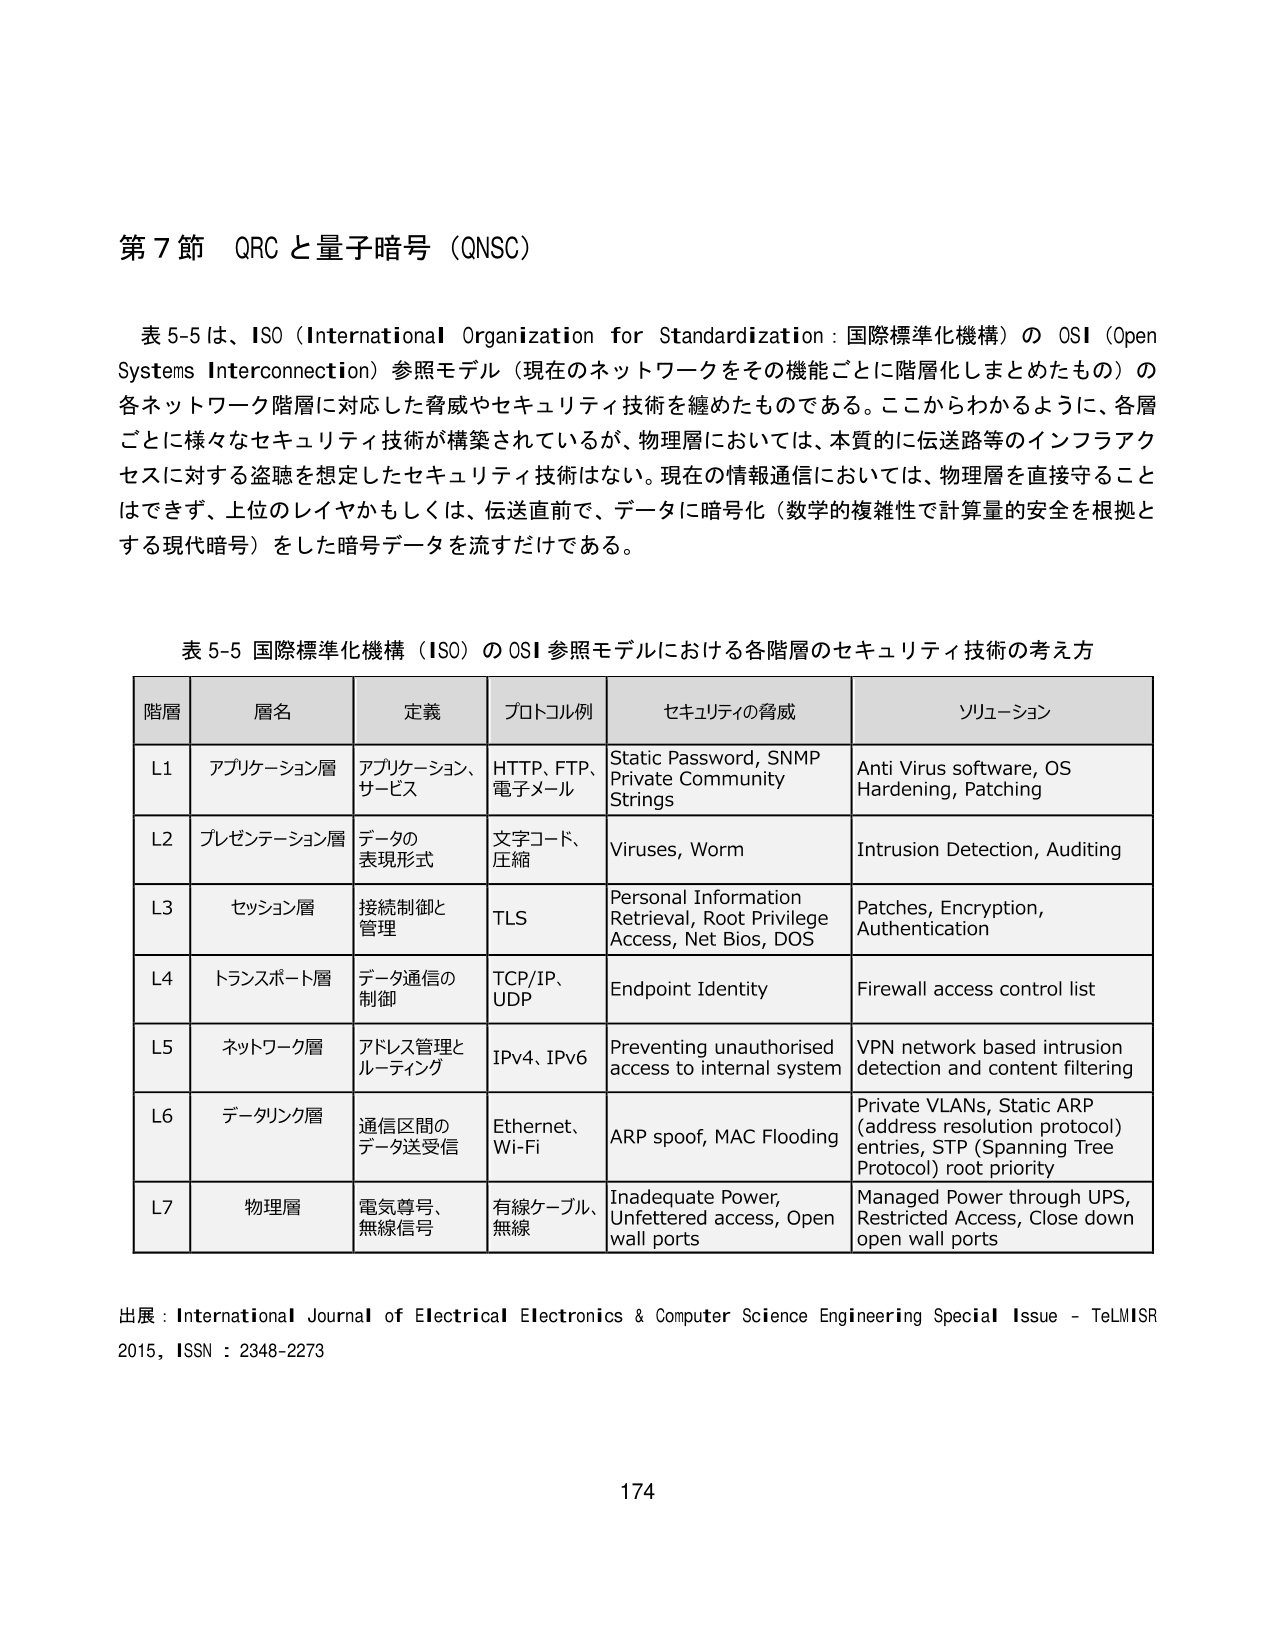
第7節 QRCと量子暗号（QNSC）

表5-5は、ISO（International Organization for Standardization：国際標準化機構）のOSI（Open Systems Interconnection）参照モデル（現在のネットワークをその機能ごとに階層化しまとめたもの）の各ネットワーク階層に対応した脅威やセキュリティ技術を纏めたものである。ここからわかるように、各層ごとに様々なセキュリティ技術が構築されているが、物理層においては、本質的に伝送路等のインフラアクセスに対する盗聴を想定したセキュリティ技術はない。現在の情報通信においては、物理層を直接守ることはできず、上位のレイヤかもしくは、伝送直前で、データに暗号化（数学的複雑性で計算量的安全を根拠とする現代暗号）をした暗号データを流すだけである。

表5-5 国際標準化機構（ISO）のOSI参照モデルにおける各階層のセキュリティ技術の考え方

| 階層 | 層名 | 定義 | プロトコル例 | セキュリティの脅威 | ソリューション |
|------|------|------|--------------|------------------|----------------|
| L1 | アプリケーション層 | アプリケーション、サービス | HTTP、FTP、電子メール | Static Password, SNMP Private Community Strings | Anti Virus software, OS Hardening, Patching |
| L2 | プレゼンテーション層 | データの表現形式 | 文字コード、圧縮 | Viruses, Worm | Intrusion Detection, Auditing |
| L3 | セッション層 | 接続制御と管理 | TLS | Personal Information Retrieval, Root Privilege Access, Net Bios, DOS | Patches, Encryption, Authentication |
| L4 | トランスポート層 | データ通信の制御 | TCP/IP、UDP | Endpoint Identity | Firewall access control list |
| L5 | ネットワーク層 | アドレス管理とルーティング | IPv4、IPv6 | Preventing unauthorised access to internal system | VPN network based intrusion detection and content filtering |
| L6 | データリンク層 | 通信区間のデータ送受信 | Ethernet、Wi-Fi | ARP spoof, MAC Flooding | Private VLANs, Static ARP (address resolution protocol) entries, STP (Spanning Tree Protocol) root priority |
| L7 | 物理層 | 電気尊号、無線信号 | 有線ケーブル、無線 | Inadequate Power, Unfettered access, Open wall ports | Managed Power through UPS, Restricted Access, Close down open wall ports |

出展：International Journal of Electrical Electronics & Computer Science Engineering Special Issue - TeLMISR 2015, ISSN：2348-2273

174